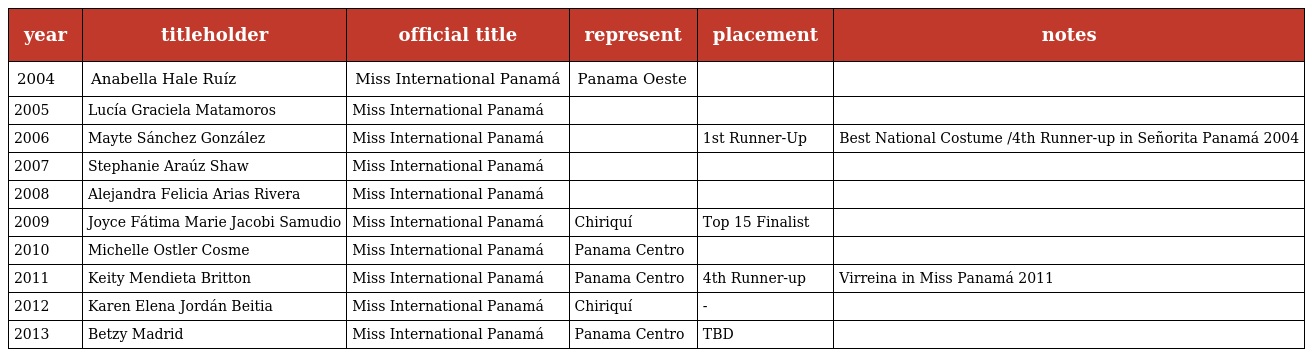
| year | titleholder | official title | represent | placement | notes |
 | --- | --- | --- | --- | --- | --- |
 | 2004 | Anabella Hale Ruíz | Miss International Panamá | Panama Oeste |  |  |
 | 2005 | Lucía Graciela Matamoros | Miss International Panamá |  |  |  |
 | 2006 | Mayte Sánchez González | Miss International Panamá |  | 1st Runner-Up | Best National Costume /4th Runner-up in Señorita Panamá 2004 |
 | 2007 | Stephanie Araúz Shaw | Miss International Panamá |  |  |  |
 | 2008 | Alejandra Felicia Arias Rivera | Miss International Panamá |  |  |  |
 | 2009 | Joyce Fátima Marie Jacobi Samudio | Miss International Panamá | Chiriquí | Top 15 Finalist |  |
 | 2010 | Michelle Ostler Cosme | Miss International Panamá | Panama Centro |  |  |
 | 2011 | Keity Mendieta Britton | Miss International Panamá | Panama Centro | 4th Runner-up | Virreina in Miss Panamá 2011 |
 | 2012 | Karen Elena Jordán Beitia | Miss International Panamá | Chiriquí | - |  |
 | 2013 | Betzy Madrid | Miss International Panamá | Panama Centro | TBD |  |